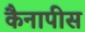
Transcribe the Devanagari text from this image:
कैनापीस